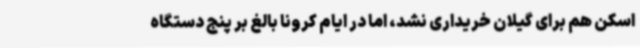
اسکن هم برای گیلان خریداری نشد، اما در ایام کرونا بالغ بر پنج دستگاه